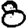
Digit: 8